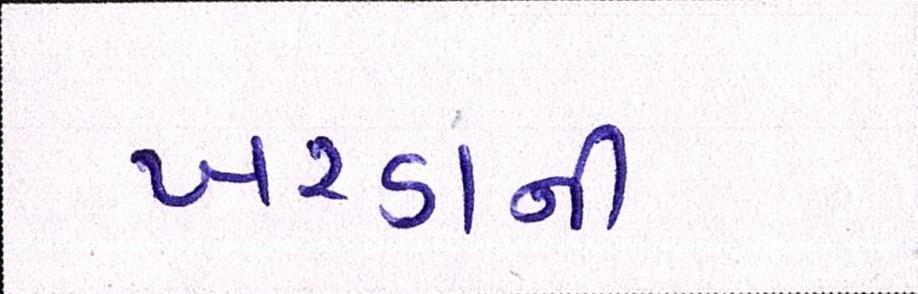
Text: ખરડાની